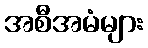
အစီအမံများ